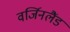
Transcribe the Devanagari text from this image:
वर्जिनलैंड